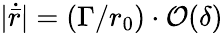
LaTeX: |\dot{\bar{r}}|=(\Gamma/r_{0})\cdot\mathcal{O}(\delta)